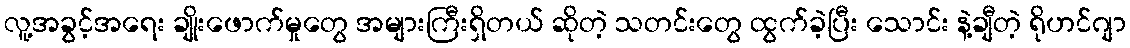
လူ့အခွင့်အရေး ချိုးဖောက်မှုတွေ အများကြီးရှိတယ် ဆိုတဲ့ သတင်းတွေ ထွက်ခဲ့ပြီး သောင်း နဲ့ချီတဲ့ ရိုဟင်ဂျာ